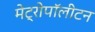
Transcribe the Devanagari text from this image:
मेट्रोपॉलीटन